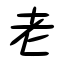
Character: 老